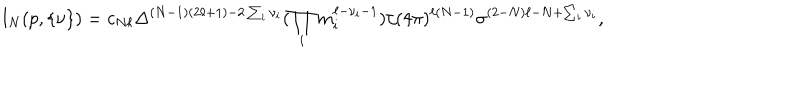
I _ { N } ( p , \{ \nu \} ) = c _ { N \ell } \Delta ^ { ( N - 1 ) ( 2 \ell + 1 ) - 2 \sum _ { i } \nu _ { i } } ( \prod _ { i } m _ { i } ^ { \ell - \nu _ { i } - 1 } ) / ( 4 \pi ) ^ { \ell ( N - 1 ) } \sigma ^ { ( 2 - N ) \ell - N + \sum _ { i } \nu _ { i } } ,